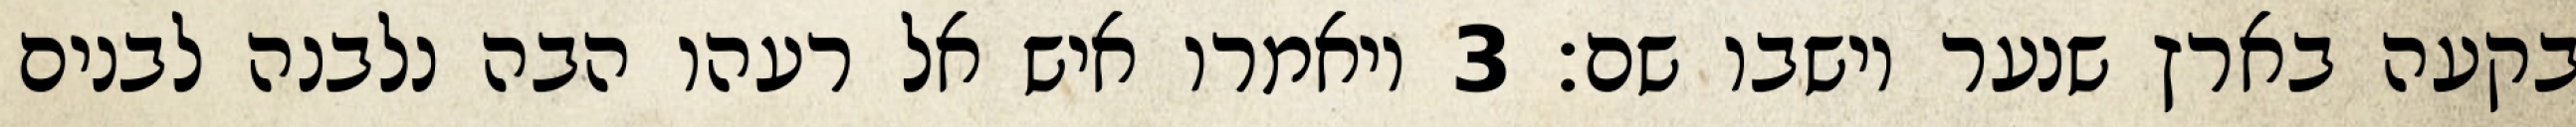
בקעה בארץ שנער וישבו שם׃ ‎3‏ ויאמרו איש אל רעהו הבה נלבנה לבנים